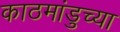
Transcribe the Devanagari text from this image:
काठमांडुच्या